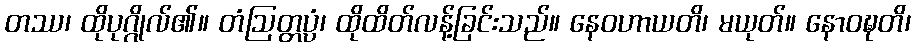
တဿ၊ ထိုပုဂ္ဂိုလ်၏။ တံဩတ္တပ္ပံ၊ ထိုထိတ်လန့်ခြင်းသည်။ နေဝဟာယတိ၊ မယုတ်။ နောဝဍ္ဎတိ၊